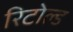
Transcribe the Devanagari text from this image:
रिटोल्ड